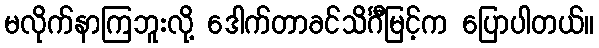
မလိုက်နာကြဘူးလို့ ဒေါက်တာခင်သိင်္ဂီမြင့်က ပြောပါတယ်။